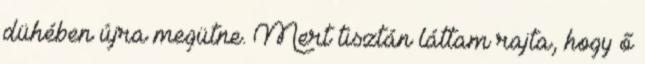
dühében újra megütne. Mert tisztán láttam rajta, hogy ő